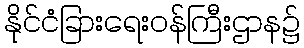
နိုင်ငံခြားရေးဝန်ကြီးဌာန၌